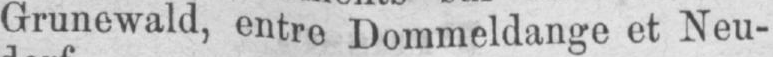
Grunewald, entre Dommeldange et Neu-